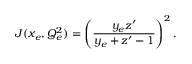
J ( x _ { e } , Q _ { e } ^ { 2 } ) = \left( \frac { y _ { e } z ^ { \prime } } { y _ { e } + z ^ { \prime } - 1 } \right) ^ { 2 } .